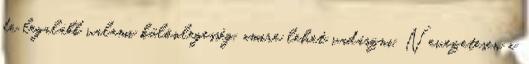
de legalább valami különlegesség, amire lehet vadászni. Nevezetesen a